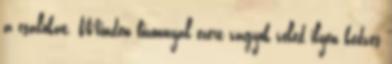
a csalókat. Minden bizonnyal ezért vagyok veled ilyen kedves